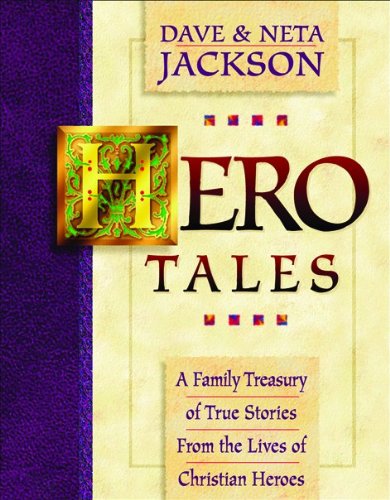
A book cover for Hero Tales: A Family Treasury of True Stories from the Lives of Christian Heroes; Dave Jackson; Children's Books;